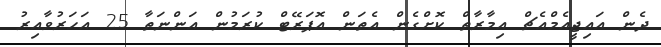
ދެން އައިޖީއެމްއެޗް އިމާރާތް ކޮށްގެން އެތަން އޮޕަރޭޓް ކުރަމުން އަންނަތާ 25 އަހަރުވާއިރު